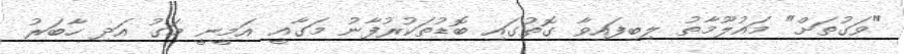
"ވަގުތަށް" މައުލޫމާތު ލިބިފައިވާ ގޮތުގައި ބޮޑުތަކުރުފާނު މަގާއީ އަމީނީ މަގު އަދި ހާބަރު